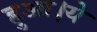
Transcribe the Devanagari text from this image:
हुआ।ये